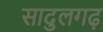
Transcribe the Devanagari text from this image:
सादुलगढ़